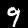
Digit: 9